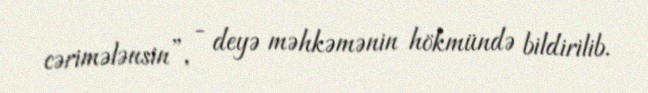
cərimələnsin”, - deyə məhkəmənin hökmündə bildirilib.